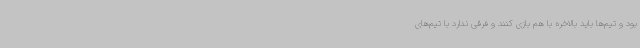
بود و تیم‌ها باید بالاخره با هم بازی کنند و فرقی ندارد با تیم‌های